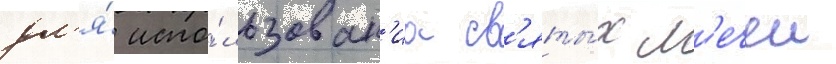
дл'я́ испо́льзован'иа св'яты́х м'ечеи